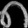
Digit: ၈